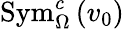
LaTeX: \textnormal{Sym}_{\Omega}^{c}\left(v_{0}\right)